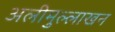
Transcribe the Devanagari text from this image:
अलीमुल्लाखन